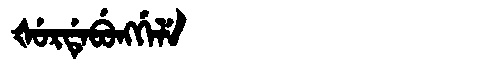
Manchu: ᡧᡠᡵᡩᡝᠪᡠᠩᡤᡝᠯᡝ
Romanization: ŠURDEBUNGGELE